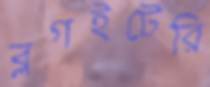
ব্লগইটেরি